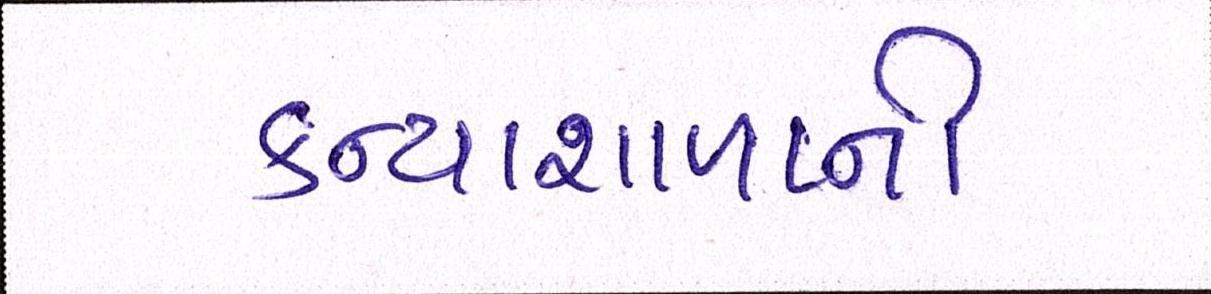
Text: કન્યાશાળાની